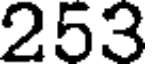
253